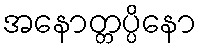
အနောတ္တပ္ပိနော